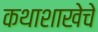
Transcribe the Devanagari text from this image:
कथाशाखेचे